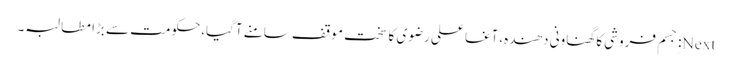
Next: ٍجسم فروشی کا گھناونی دھندہ،آغا علی رضوی کا سخت موقف سامنے آگیا،حکومت سے بڑا مطالبہ۔